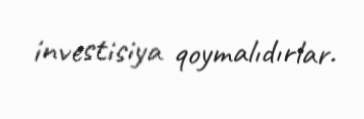
investisiya qoymalıdırlar.